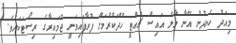
މިއަދު ހެނދުނު އޭނާ މާލެ އައިސް ޗުއްޓީ ހޭދަކުރުމަށް ފުރާފައިވަނީ ޖުމައިރާގެ ރިސޯޓަކަށެވެ.